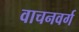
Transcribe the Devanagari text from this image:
वाचनवर्ग